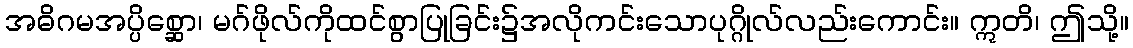
အဓိဂမအပ္ပိစ္ဆော၊ မဂ်ဖိုလ်ကိုထင်စွာပြုခြင်း၌အလိုကင်းသောပုဂ္ဂိုလ်လည်းကောင်း။ ဣတိ၊ ဤသို့။